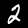
Label: 2